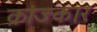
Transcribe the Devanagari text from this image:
क्रांज्कार